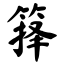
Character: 箨